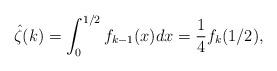
LaTeX: \begin{align*}\hat{\zeta}(k)\allowbreak =\allowbreak \int_{0}^{1/2}f_{k-1}(x)dx\allowbreak=\allowbreak \frac{1}{4}f_{k}(1/2), \end{align*}